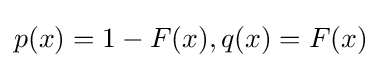
p(x)=1-F(x),q(x)=F(x)